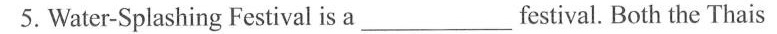
5. Water-Splashing Festival is a___festival. Both the Thais